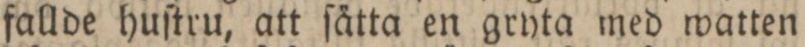
fallde huſtru, att ſätta en gryta med watten